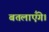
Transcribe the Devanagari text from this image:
बतलाएँगे।